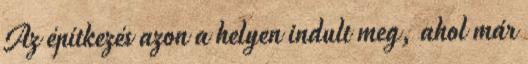
Az építkezés azon a helyen indult meg, ahol már